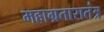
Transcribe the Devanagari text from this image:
महाग्रतारातंत्र